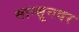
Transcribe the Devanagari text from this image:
मान्सूनवर